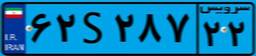
۲۲S۱۱۰۵۳